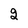
Character: 2